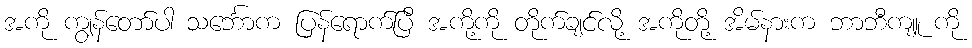
အကို ကျွန်တော်ပါ သင်္ဘောက ပြန်ရောက်ပြီ အကို့ကို တိုက်ချင်လို့ အကိုတို့ အိမ်နားက ဘာဘီကျူ ကို